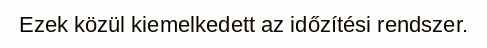
Ezek közül kiemelkedett az időzítési rendszer.